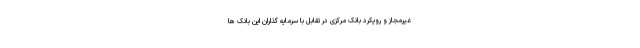
غیرمجاز و رویکرد بانک مرکزی در تقابل با سرمایه گذاران این بانک ها